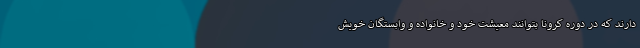
دارند که در دوره کرونا بتوانند معیشت خود و خانواده و وابستگان خویش